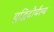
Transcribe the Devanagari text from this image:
बुद्धिदौर्बल्य